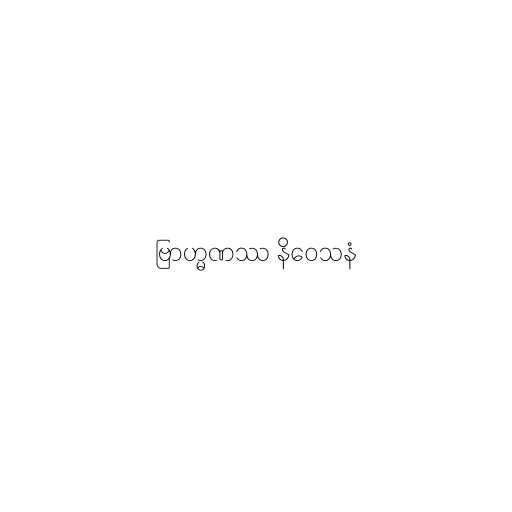
ဗြာဟ္မဏဿ နိဝေသနံ